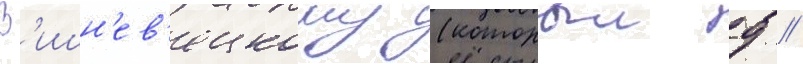
В'ишн'ев'ецкому (которыи д //